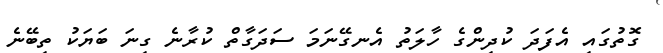
ގޮތުގައި އެފަދަ ކުދިންގެ ހާލަތު އެނގޭނަމަ ސަދަގާތް ކުރާނެ ގިނަ ބަޔަކު ތިބޭނެ